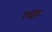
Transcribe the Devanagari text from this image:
रच्छा